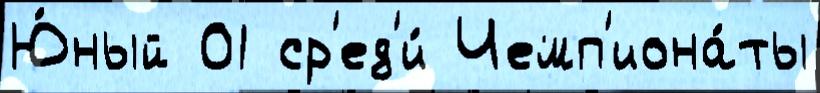
Ю́ный 01 ср'ед'и́ Чемп'иона́ты